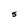
Character: S